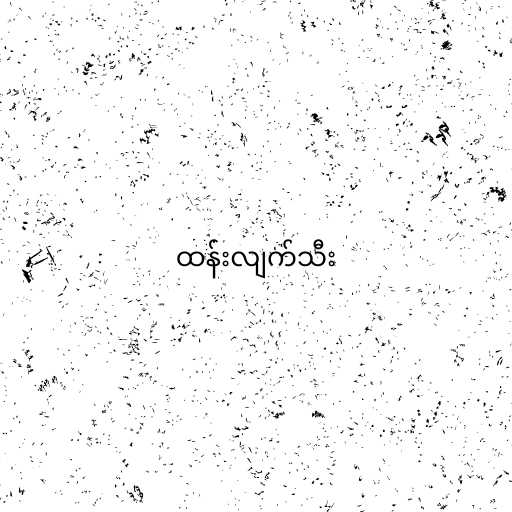
ထန်းလျက်သီး